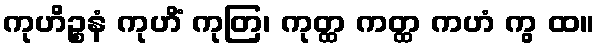
ကုဟိဉ္စနံ ကုဟိံ ကုတြ၊ ကုတ္ထ ကတ္ထ ကဟံ ကွ ထ။